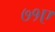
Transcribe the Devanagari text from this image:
७१ए